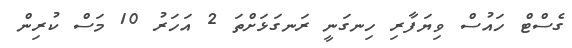
ގެސްޓް ހައުސް ވިޔަފާރި ހިނގަނީ ރަނގަޅަށްތަ 2 އަހަރު 10 މަސް ކުރިން